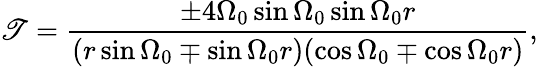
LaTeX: \mathscr{T}=\frac{{\pm4\Omega_{0}\sin\Omega_{0}\sin\Omega_{0}r}}{{(r\sin\Omega_{0}\mp\sin\Omega_{0}r)(\cos\Omega_{0}\mp\cos\Omega_{0}r)}},